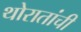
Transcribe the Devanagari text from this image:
थोरातांची